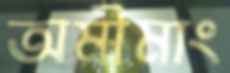
অমীমাং